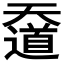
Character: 𡚑